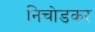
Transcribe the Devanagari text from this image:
निचोडकर